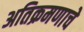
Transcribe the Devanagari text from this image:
अतिक्रमणाचे